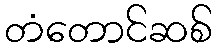
တံတောင်ဆစ်